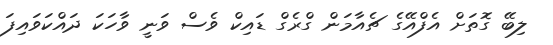
ލިބޭ ގޮތަށް އެފްއޭގެ ޗެއާމަން ގްރެގް ޑައިކް ވެސް ވަނީ ވާހަކަ ދައްކަވައިފަ